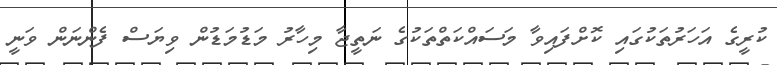
ކުރީގެ އަހަރުތަކުގައި ކޮށްފައިވާ މަސައްކަތްތަކުގެ ނަތީޖާ މިހާރު މަޑުމަޑުން ވިޔަސް ފެންނަން ވަނީ